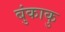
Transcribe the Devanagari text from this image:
बुंकाकु